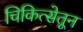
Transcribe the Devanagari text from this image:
चिकित्सेतून